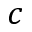
c